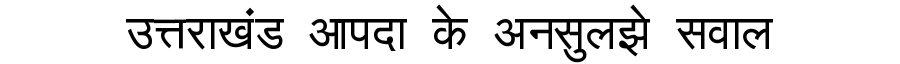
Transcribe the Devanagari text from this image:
उत्तराखंड आपदा के अनसुलझे सवाल